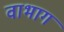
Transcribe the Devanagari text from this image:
वाभाग